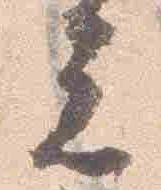
元